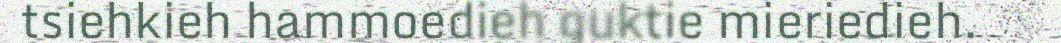
tsiehkieh hammoedieh guktie mieriedieh.